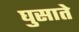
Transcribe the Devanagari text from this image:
घुसाते